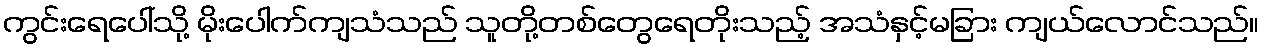
ကွင်းရေပေါ်သို့ မိုးပေါက်ကျသံသည် သူတို့တစ်တွေရေတိုးသည့် အသံနှင့်မခြား ကျယ်လောင်သည်။